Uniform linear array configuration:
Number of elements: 4
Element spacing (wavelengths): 1
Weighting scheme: hamming
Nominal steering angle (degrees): -45
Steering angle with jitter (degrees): -45.593
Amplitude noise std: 0.05
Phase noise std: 0.05

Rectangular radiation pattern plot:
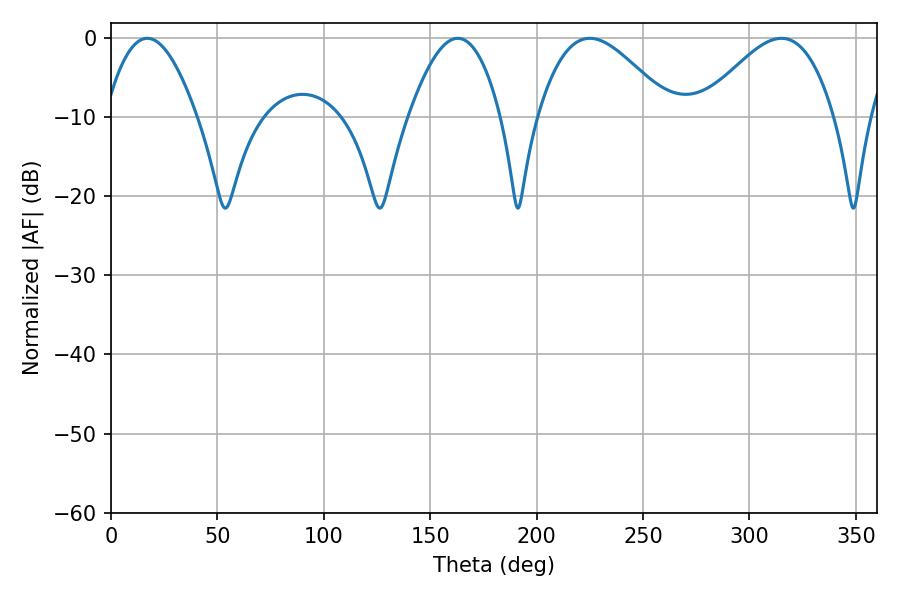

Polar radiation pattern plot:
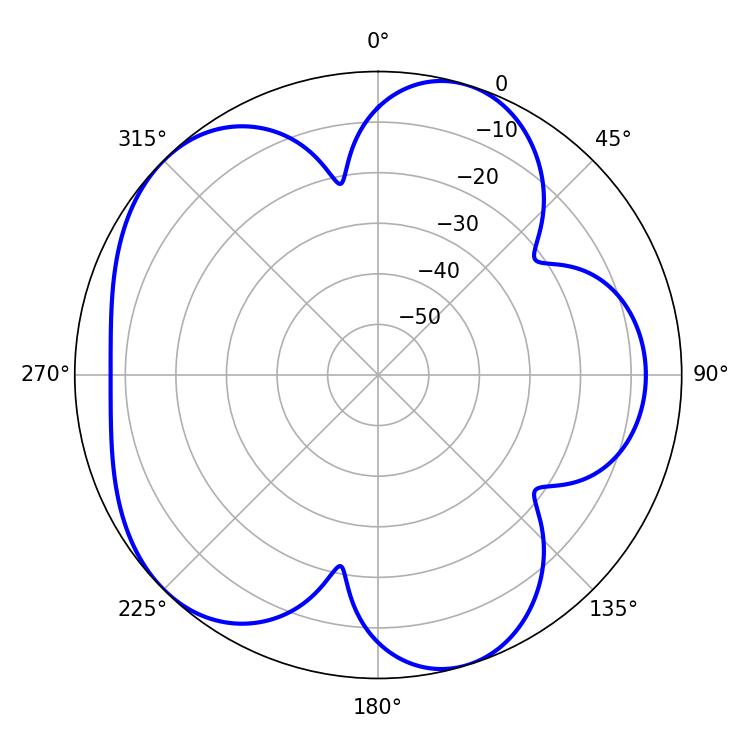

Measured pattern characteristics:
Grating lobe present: TRUE
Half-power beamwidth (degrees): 33.66
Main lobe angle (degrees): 225